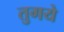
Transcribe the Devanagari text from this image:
तुगये